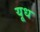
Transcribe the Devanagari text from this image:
यूध